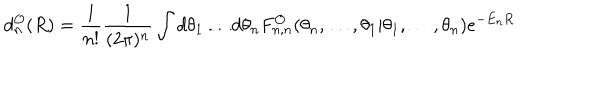
d _ { n } ^ { \cal O } ( R ) = \frac { 1 } { n ! } \frac { 1 } { ( 2 \pi ) ^ { n } } \int d \theta _ { 1 } \ldots d \theta _ { n } F _ { n , n } ^ { \cal O } ( \theta _ { n } , \ldots , \theta _ { 1 } | \theta _ { 1 } , \ldots , \theta _ { n } ) e ^ { - E _ { n } R } \, \, \,